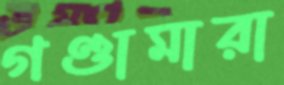
গণ্ডামারা